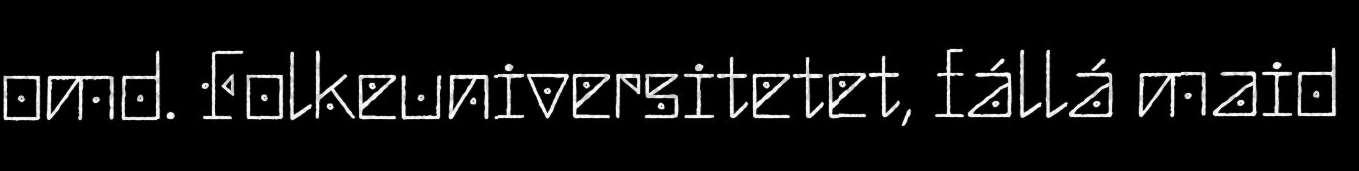
omd. Folkeuniversitetet, fállá maid